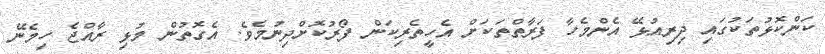
ކަންކޮޅުތަކުގައި ދިރިއުޅޭ އެންމެހާ ފަރާތްތަކަށް އެހީތެރިކަން ފޯރުކޮށްދިނުމެވެ. އެގޮތުން މުޅި ރާއްޖެ ހިމެނޭ